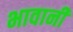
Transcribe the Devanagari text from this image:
भावानी